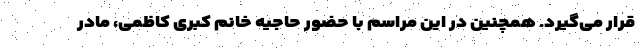
قرار می‌گیرد. همچنین در این مراسم با حضور حاجیه خانم کبری کاظمی، مادر